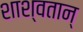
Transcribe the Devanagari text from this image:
शाश्वतान्